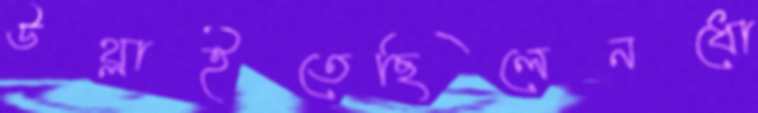
উথ্‌লাইতেছিলেনধো